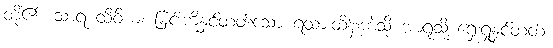
တို့၏။ သာရ ထိဝိယ၊ မြင်းကိုနှင်တတ်သော ရထားထိန်းကဲ့သို့ အာရုံသို့ ရှေးရှုနှင်တတ်